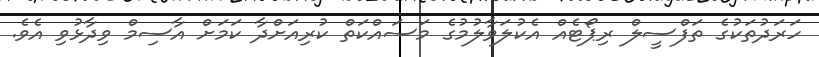
ހަރަދުތަކުގެ ތަފްސީލް ރިޕޯޓެއް އެކުލަވާލުމުގެ މަސައްކަތް ކުރިއަށްދާ ކަމަށް އާސިމް ވިދާޅުވި އެވެ.